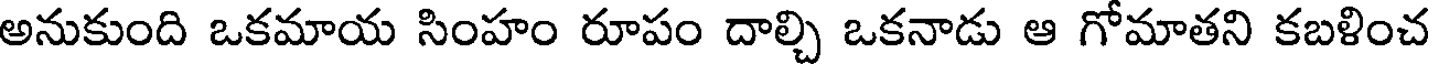
అనుకుంది ఒకమాయ సింహం రూపం దాల్చి ఒకనాడు ఆ గోమాతని కబళించ